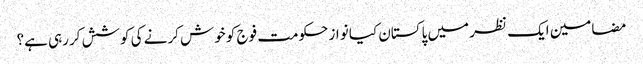
مضامین ایک نظر میں پاکستان	کیا نواز حکومت فوج کو خوش کرنے کی کوشش کررہی ہے؟